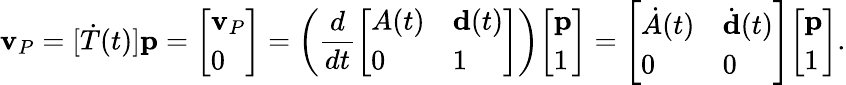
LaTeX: \mathbf{v}_{P}=[{\dot{T}}(t)]\mathbf{p}={\left[\begin{array}{l}{\mathbf{v}_{P}}\\ {0}\end{array}\right]}=\left({\frac{d}{dt}}{\left[\begin{array}{ll}{A(t)}&{\mathbf{d}(t)}\\ {0}&{1}\end{array}\right]}\right){\left[\begin{array}{l}{\mathbf{p}}\\ {1}\end{array}\right]}={\left[\begin{array}{ll}{{\dot{A}}(t)}&{{\dot{\mathbf{d}}}(t)}\\ {0}&{0}\end{array}\right]}{\left[\begin{array}{l}{\mathbf{p}}\\ {1}\end{array}\right]}.